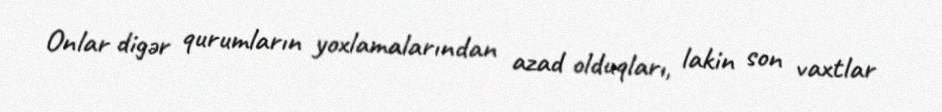
Onlar digər qurumların yoxlamalarından azad olduqları, lakin son vaxtlar